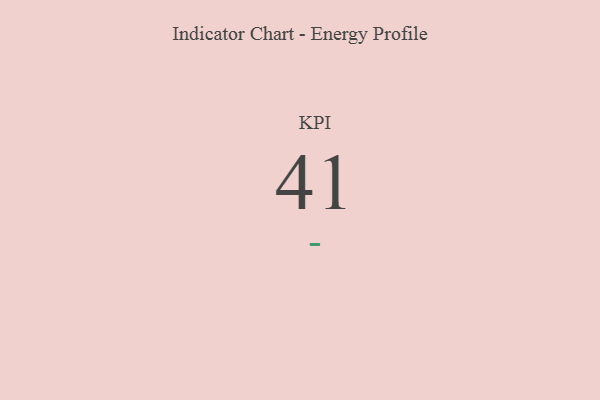
{"axis": {"x": "KPI", "y": "Value"}, "legend": [""], "data": [{"x": "KPI", "y": 41, "type": ""}]}